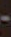
-